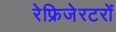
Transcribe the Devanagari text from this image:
रेफ्रिजेरटरों